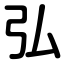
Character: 弘